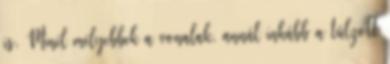
is. Minél mélyebbek a vonalak, annál inkább a túlzott